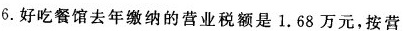
6.好吃餐馆去年缴纳的营业税额是1.68万元，按营